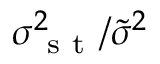
\sigma _ { \mathrm { ~ s ~ t ~ } } ^ { 2 } / \widetilde { \sigma } ^ { 2 }